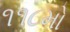
૧૧૮મો